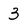
Character: 3